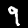
Digit: 9